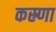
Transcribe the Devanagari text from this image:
कस्र्णा